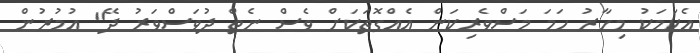
އެކަމަކު މިހާރު ހަމަ މަސްވެރިކަން އެއްގޮތަކަށް ވެސް ނެތް ދުވަސްވަރު ދޭ" އުމުރުން